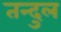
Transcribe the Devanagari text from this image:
तन्दुल